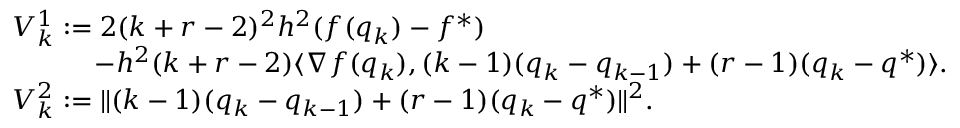
\begin{array} { r l } & { V _ { k } ^ { 1 } : = 2 ( k + r - 2 ) ^ { 2 } h ^ { 2 } ( f ( q _ { k } ) - f ^ { * } ) } \\ & { \quad \quad \quad - h ^ { 2 } ( k + r - 2 ) \langle \nabla f ( q _ { k } ) , ( k - 1 ) ( q _ { k } - q _ { k - 1 } ) + ( r - 1 ) ( q _ { k } - q ^ { * } ) \rangle . } \\ & { V _ { k } ^ { 2 } : = \| ( k - 1 ) ( q _ { k } - q _ { k - 1 } ) + ( r - 1 ) ( q _ { k } - q ^ { * } ) \| ^ { 2 } . } \end{array}